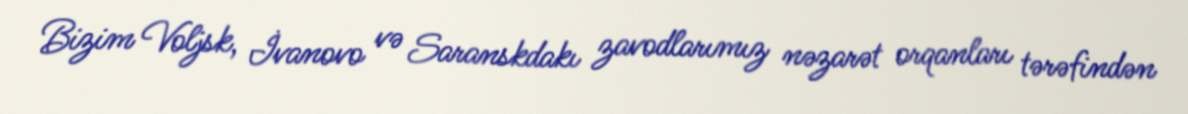
Bizim Voljsk, İvanovo və Saranskdakı zavodlarımız nəzarət orqanları tərəfindən